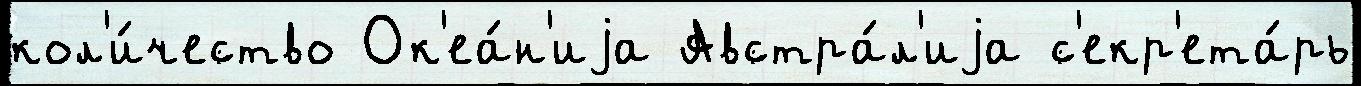
кол'и́чество Ок'еа́н'иjа Австра́л'иjа с'екр'ета́рь